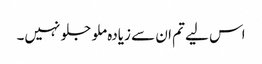
اس لیے تم ان سے زیادہ ملو جلو نہیں۔